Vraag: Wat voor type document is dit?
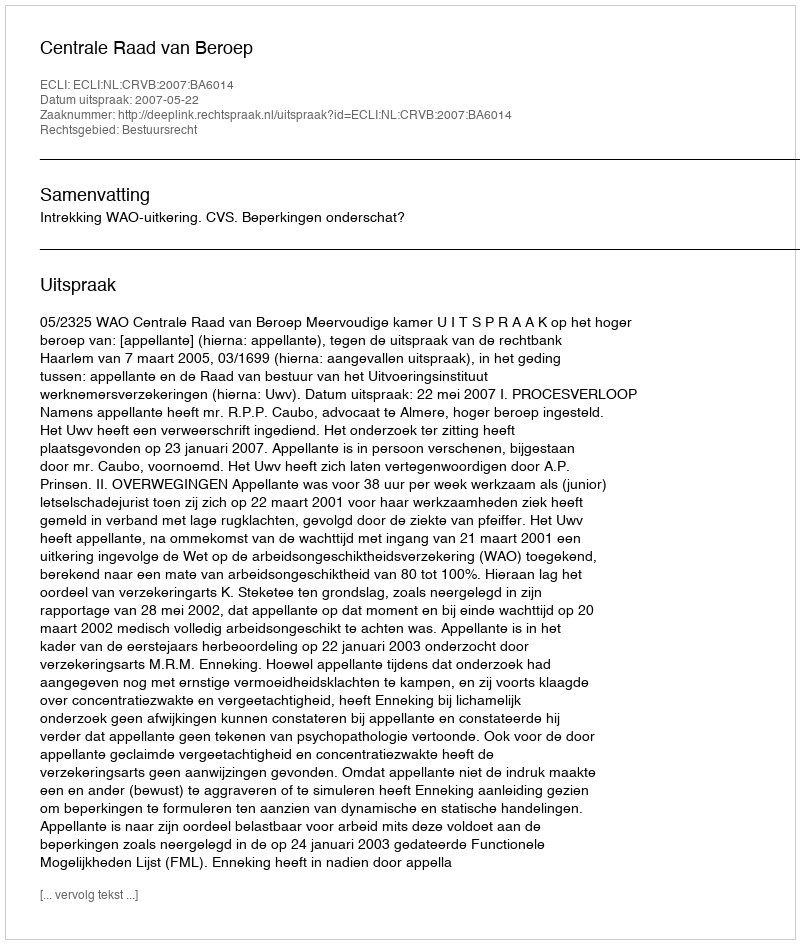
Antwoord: Uitspraak